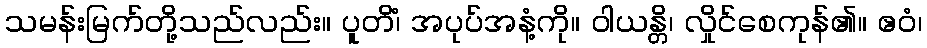
သမန်းမြက်တို့သည်လည်း။ ပူတိံ၊ အပုပ်အနံ့ကို။ ဝါယန္တိ၊ လှိုင်စေကုန်၏။ ဧဝံ၊